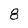
Character: 8